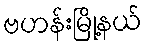
ဗဟန်းမြို့နယ်